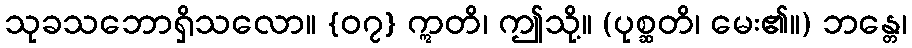
သုခသဘောရှိသလော။ {၀၇} ဣတိ၊ ဤသို့။ (ပုစ္ဆတိ၊ မေး၏။) ဘန္တေ၊